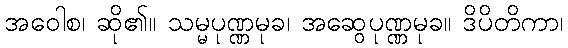
အဝေါစ၊ ဆို၏။ သမ္မပုဏ္ဏမုခ၊ အဆွေပုဏ္ဏမုခ။ ဒိပိတိကာ၊